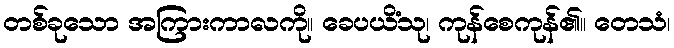
တစ်ခုသော အကြားကာလကို။ ခေပယိံသု၊ ကုန်စေကုန်၏။ တေသံ၊